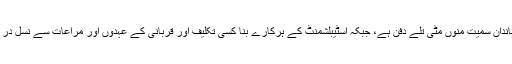
اسٹیبلشمنٹ مخالف رہنما اپنے خاندان سمیت منوں مٹی تلے دفن ہے، جبکہ اسٹیبلشمنٹ کے ہرکارے بنا کسی تکلیف اور قربانی کے عہدوں اور مراعات سے نسل در نسل فیض یاب ہوتے رہتے ہیں۔